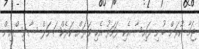
ޖަމާ ކުރަން ބުނި ފައިސާ އެކި ފަހަރު އެކި ވަރަށް ކަރެކްޝަނަލް ސާވިސްއިން